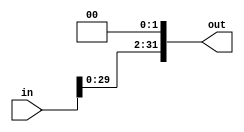
module shift_left_2(in, out);
	input [31:0]in;
	output [31:0]out;
	assign out = in << 2;
endmodule

module jumpAddress(in, out, pc4);
  input [25:0] in;
  output reg [31:0] out; 
  input [31:0]pc4;	
  always @(in)
		  begin
			  out = (in << 2) | pc4;  
		  end
endmodule